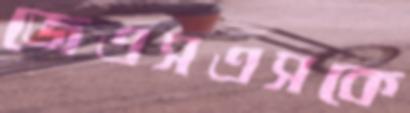
জেএসএসকে